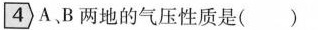
4 A、B两地的气压性质是()